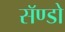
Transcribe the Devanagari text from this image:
सॅण्डो